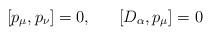
LaTeX: \begin{align*}[p_{\mu}, p_{\nu}] = 0 ,~~~~~[D_{\alpha}, p_{\mu}] = 0\end{align*}